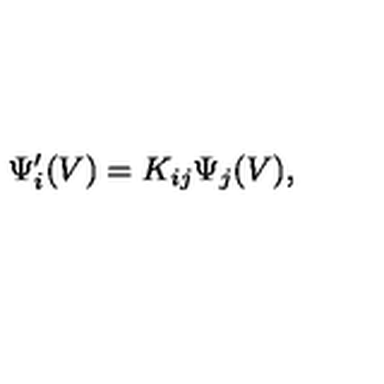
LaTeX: \Psi _ { i } ^ { \prime } ( V ) = K _ { i j } { \Psi } _ { j } ( V ) ,